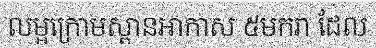
លម្អក្រោមស្ពានអាកាស ៥មករា ដែល